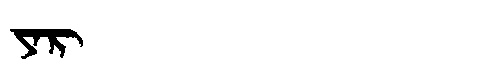
Manchu: ᠶᠠᡵ
Romanization: YAR